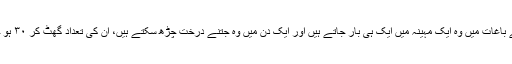
ناریل کے باغات میں وہ ایک مہینہ میں ایک ہی بار جاتے ہیں اور ایک دن میں وہ جتنے درخت چڑھ سکتے ہیں، ان کی تعداد گھٹ کر ۳۰ ہو جاتی ہے۔